Civil Veterinary Dept. Bombay admin report 1907-1913 - 1907-1913
Year: 1907
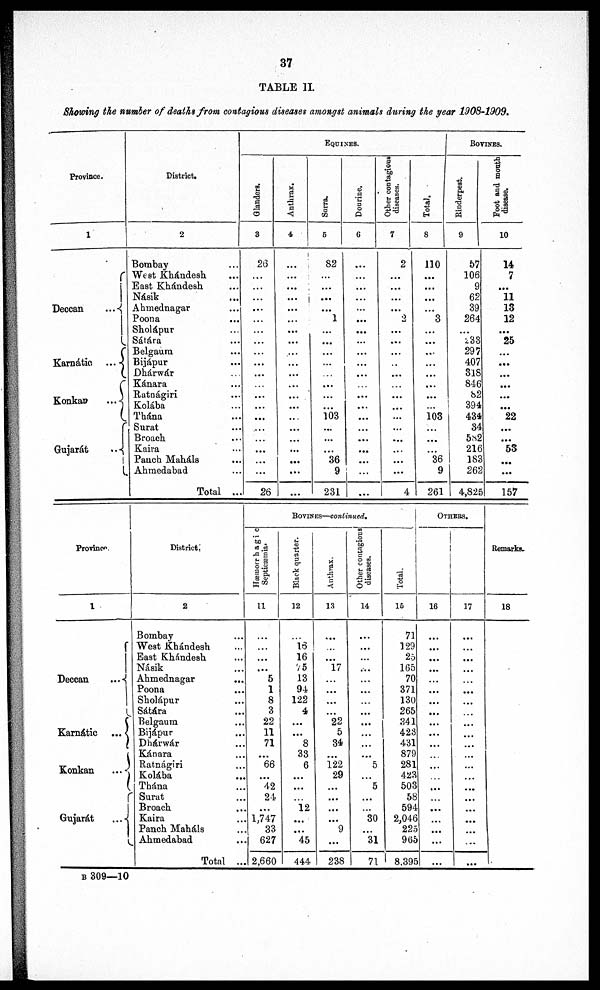
37
TABLE II.
Showing the number of deaths from contagious diseases amongst animals during the year 1908-1909.
Province.
1
Deccan
...
Karnátic ...
Konkan
...
Gujarát
..
District.
2
Bombay ...
West Khándesh ...
East Khándesh...
Násik ...
Ahmednagar ...
Poona ...
Sholápur ...
Sátára ...
Belgaum ...
Bijápur ...
Dhárwár ...
Kánara ...
Ratnágiri ...
Kolába ...
Thána ...
Surat ...
Broach ...
Kaira ...
Pauch Maháls ...
Ahmedabad ...
Total ...
EQUINES.
Glanders.
3
26
...
...
...
...
...
...
...
...
...
...
...
...
...
...
...
...
...
...
...
26
Anthrax.
4
...
...
...
...
...
...
...
...
...
...
...
...
...
...
...
...
...
...
...
...
...
Surra.
5
82
...
...
...
...
1
...
...
...
...
...
...
...
103
...
...
...
36
9
231
Dourine.
6
...
...
...
...
...
...
...
...
...
...
...
...
...
...
...
...
...
...
...
...
Other contagious
diseases.
7
2
...
...
...
...
2
...
...
...
...
...
...
...
...
...
...
...
...
...
...
4
Total.
8
110
...
...
...
...
3
...
...
...
...
...
...
...
...
103
...
...
...
36
9
261
BOVINES.
Rinderpest.
9
57
106
9
62
39
264
...
233
297
407
318
846
82
394
434
34
582
216
183
262
4,825
Foot and month
disease.
10
14
7
...
11
13
12
...
25
...
...
...
...
...
... 22
...
...
53
...
...
157
Province.
1
Deccan
...
Karnátic
...
Konkan
...
Gujarát
...
District,
2
Bombay ...
West Khándesh ...
East Khándesh ...
Násik ...
Ahmednagar
...
Poona ...
Sholápur ...
Sátára ...
Belgaum ...
Bijápur ...
Dhárwár ...
Kánara ...
Ratnágiri ...
Kolába ...
Thána ...
Surat ...
Broach ...
Kaira ...
Panch Maháls ...
Ahmedabad ...
Total ...
BOVINCES—continued.
Hæmorrhagic
Septicæmia.
11
...
...
...
...
5
1
8
3
22
11
71
...
66
...
42
24
...
1,747
33
627
2,660
Black quarter.
12
...
16
16
75
13
94
122
4
...
...
8
33
6
...
...
...
12
...
...
45
444
Anthrax.
13
...
...
...
17
...
...
...
...
22
5
34
...
122
29
...
...
...
...
9
...
238
Other contagious
diseases.
14
...
...
...
...
...
...
...
...
...
...
...
...
5
...
5
...
...
30
...
31
71
Total.
15
71
129
25
165
70
371
130
265
341
423
431
879
281
423
503
58
594
2,046
225
965
8,395
OTHERS.
16
...
...
...
...
...
...
...
...
...
...
...
...
...
...
...
...
...
...
...
...
17
...
...
...
...
...
...
...
...
...
...
...
...
...
...
...
...
...
...
...
...
Remarks.
18
B 309—10